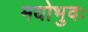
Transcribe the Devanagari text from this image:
मयोभुवः